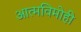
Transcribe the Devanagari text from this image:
आत्मविमोही